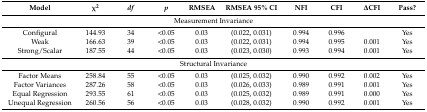
<table><thead><tr><td><b>Model</b></td><td><b>χ<sup>2</sup></b></td><td><b><i>df</i></b></td><td><b><i>p</i></b></td><td><b>RMSEA</b></td><td><b>RMSEA 95% CI</b></td><td><b>NFI</b></td><td><b>CFI</b></td><td><b>ΔCFI</b></td><td><b>Pass?</b></td></tr></thead><tbody><tr><td colspan="10">Measurement Invariance</td></tr><tr><td>Configural </td><td>144.93</td><td>34</td><td>&lt;0.05</td><td>0.03</td><td>(0.022, 0.031)</td><td>0.994</td><td>0.996</td><td></td><td>Yes</td></tr><tr><td>Weak </td><td>166.63</td><td>39</td><td>&lt;0.05</td><td>0.03</td><td>(0.022, 0.031)</td><td>0.994</td><td>0.995</td><td>0.001</td><td>Yes</td></tr><tr><td>Strong/Scalar </td><td>187.55</td><td>44</td><td>&lt;0.05</td><td>0.03</td><td>(0.023, 0.030)</td><td>0.993</td><td>0.994</td><td>0.001</td><td>Yes</td></tr><tr><td colspan="10">Structural Invariance</td></tr><tr><td>Factor Means</td><td>258.84</td><td>55</td><td>&lt;0.05</td><td>0.03</td><td>(0.025, 0.032)</td><td>0.990</td><td>0.992</td><td>0.002</td><td>Yes</td></tr><tr><td>Factor Variances </td><td>287.26</td><td>58</td><td>&lt;0.05</td><td>0.03</td><td>(0.026, 0.033)</td><td>0.989</td><td>0.991</td><td>0.001</td><td>Yes</td></tr><tr><td>Equal Regression</td><td>293.55</td><td>61</td><td>&lt;0.05</td><td>0.03</td><td>(0.025, 0.032)</td><td>0.989</td><td>0.991</td><td>0.000</td><td>Yes</td></tr><tr><td>Unequal Regression</td><td>260.56</td><td>56</td><td>&lt;0.05</td><td>0.03</td><td>(0.028, 0.032)</td><td>0.990</td><td>0.992</td><td>0.001</td><td>Yes</td></tr></tbody></table>